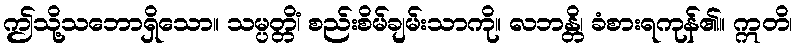
ဤသို့သဘောရှိသော။ သမ္ပတ္တိံ၊ စည်းစိမ်ချမ်းသာကို။ လဘန္တိ၊ ခံစားရကုန်၏။ ဣတိ၊